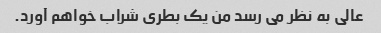
عالی به نظر می رسد من یک بطری شراب خواهم آورد.